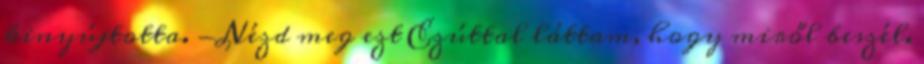
kinyújtotta. -Nézd meg ezt Ezúttal láttam, hogy miről beszél.